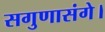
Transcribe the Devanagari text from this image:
सगुणासंगे।